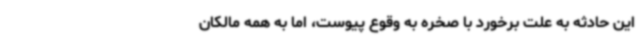
این حادثه به علت برخورد با صخره به وقوع پیوست، اما به همه مالکان